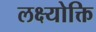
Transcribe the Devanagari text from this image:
लक्ष्योक्ति